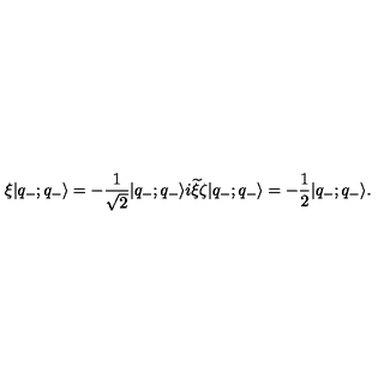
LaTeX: \xi | q _ { - } ; q _ { - } \rangle = - \frac { 1 } { \sqrt { 2 } } | q _ { - } ; q _ { - } \rangle i { \widetilde \xi } \zeta | q _ { - } ; q _ { - } \rangle = - \frac { 1 } { 2 } | q _ { - } ; q _ { - } \rangle .